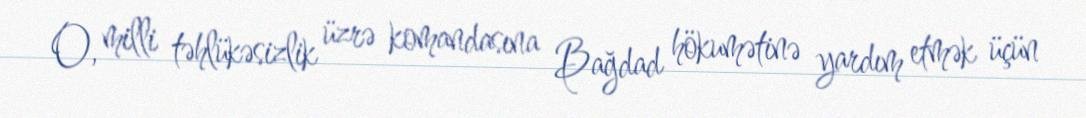
O, milli təhlükəsizlik üzrə komandasına Bağdad hökumətinə yardım etmək üçün